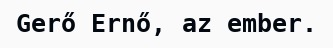
Gerő Ernő, az ember.